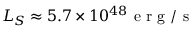
L _ { S } \approx 5 . 7 \times 1 0 ^ { 4 8 } \mathrm { ~ e ~ r ~ g ~ } / \mathrm { ~ s ~ }